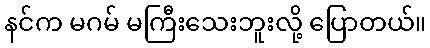
နင်က မဂမ် မကြီးသေးဘူးလို့ ပြောတယ်။